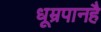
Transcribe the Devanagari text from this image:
धूम्रपानहै